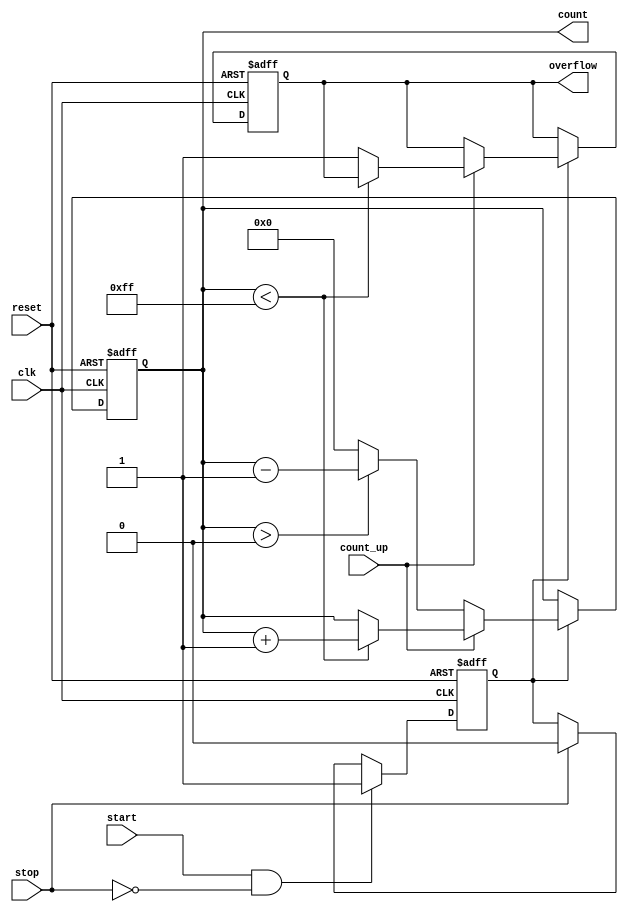
module windowed_counter #(
    parameter COUNTER_WIDTH = 8,  // Width of the counter
    parameter MAX_COUNT = (1 << COUNTER_WIDTH) - 1  // Maximum count value
)(
    input wire clk,                // Clock signal
    input wire reset,              // Reset signal
    input wire start,              // Start counting signal
    input wire stop,               // Stop counting signal
    input wire count_up,           // Count up/down control
    output reg [COUNTER_WIDTH-1:0] count, // Current count value
    output reg overflow            // Overflow flag
);

    // Internal signal to control counting
    reg counting;

    // Memory block to store the count value
    reg [COUNTER_WIDTH-1:0] memory;

    // Synchronous process for counting
    always @(posedge clk or posedge reset) begin
        if (reset) begin
            count <= 0;
            memory <= 0;
            overflow <= 0;
            counting <= 0;
        end else begin
            if (start && !stop) begin
                counting <= 1;
            end else if (stop) begin
                counting <= 0;
            end
            
            if (counting) begin
                if (count_up) begin
                    if (count < MAX_COUNT) begin
                        count <= count + 1;
                    end else begin
                        overflow <= 1; // Set overflow flag
                    end
                end else begin
                    if (count > 0) begin
                        count <= count - 1;
                    end else begin
                        count <= 0; // Prevent underflow
                    end
                end
                memory <= count; // Store current count in memory
            end
        end
    end

endmodule